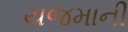
યજમાની